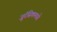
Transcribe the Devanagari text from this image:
जुरॅसिकमध्ये